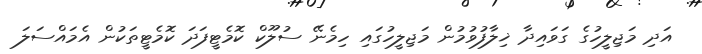
އަދި މަޖިލީހުގެ ގަވައިދާ ޚިލާފުވުމުން މަޖިލީހުގައި ހިމެނޭ ސުލޫކް ކޮމެޓީފަދަ ކޮމެޓީތަކުން އެމައްސަލަ